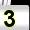
Digit: 3